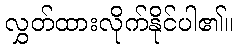
လွှတ်ထားလိုက်နိုင်ပါ၏။